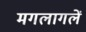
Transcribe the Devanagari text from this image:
मगलागलें